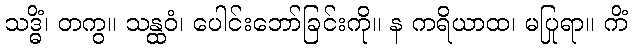
သဒ္ဓိံ၊ တကွ။ သန္ထဝံ၊ ပေါင်းဘော်ခြင်းကို။ န ကရိယာထ၊ မပြုရာ။ ကိံ